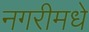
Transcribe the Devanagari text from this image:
नगरीमधे